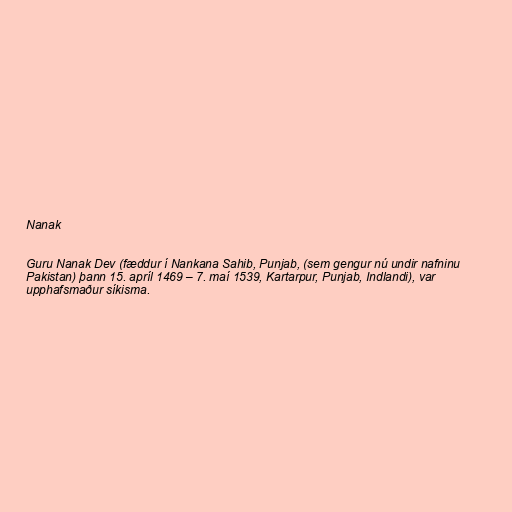
Nanak

Guru Nanak Dev (fæddur í Nankana Sahib, Punjab, (sem gengur nú undir nafninu
Pakistan) þann 15. apríl 1469 – 7. maí 1539, Kartarpur, Punjab, Indlandi), var
upphafsmaður síkisma.